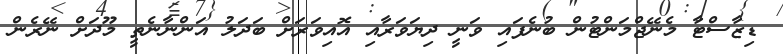
ޑިޒާސްޓާ މެނޭޖްމަންޓުން ބުނެފައި ވަނީ ދިޔަވަރާއި އޮއިވަރަށް ބަދަލު އަންނާނެތީ މޫދަށް ނޭރެން